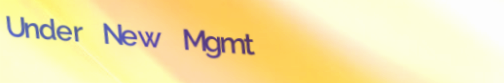
Under New Mgmt